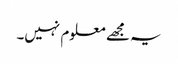
یہ مجھے معلوم نہیں۔